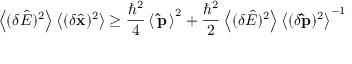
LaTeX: \left\langle ( \delta { \hat { E } } ) ^ { 2 } \right\rangle \left\langle ( \delta { \hat { \mathbf { x } } } ) ^ { 2 } \right\rangle \geq { \frac { \hbar ^ { 2 } } { 4 } } \left\langle \, \mathbf { \hat { p } } \, \right\rangle ^ { 2 } + { \frac { \hbar ^ { 2 } } { 2 } } \left\langle ( \delta { \hat { E } } ) ^ { 2 } \right\rangle \left\langle ( \delta \mathbf { \hat { p } } ) ^ { 2 } \right\rangle ^ { - 1 }